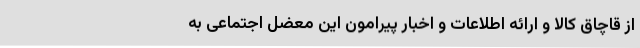
از قاچاق کالا و ارائه اطلاعات و اخبار پیرامون این معضل اجتماعی به